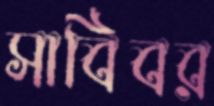
সাবিবর